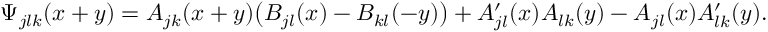
\Psi _ { j l k } ( x + y ) = A _ { j k } ( x + y ) \big ( B _ { j l } ( x ) - B _ { k l } ( - y ) \big ) + A \sp \prime _ { j l } ( x ) A _ { l k } ( y ) - A _ { j l } ( x ) A \sp \prime _ { l k } ( y ) .